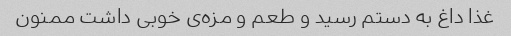
غذا داغ به دستم رسید و طعم و مزه‌ی خوبی داشت ممنون